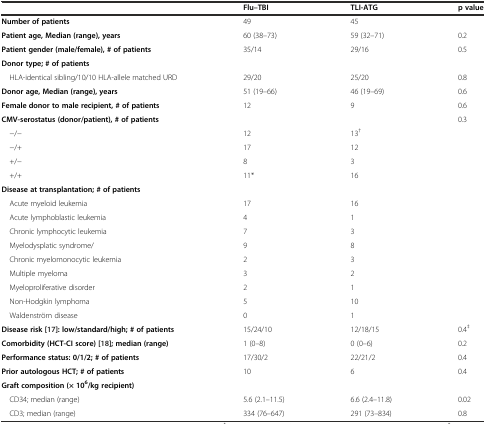
|  | Flu–TBI | TLI-ATG | p value |
 | --- | --- | --- | --- |
 | Number of patients | 49 | 45 |  |
 | Patient age, Median (range), years | 60 (38–73) | 59 (32–71) | 0.2 |
 | Patient gender (male/female), # of patients | 35/14 | 29/16 | 0.5 |
 | Donor type; # of patients |  |  |  |
 | HLA-identical sibling/10/10 HLA-allele matched URD | 29/20 | 25/20 | 0.8 |
 | Donor age, Median (range), years | 51 (19–66) | 46 (19–69) | 0.6 |
 | Female donor to male recipient, # of patients | 12 | 9 | 0.6 |
 | CMV-serostatus (donor/patient), # of patients |  |  | 0.3 |
 | −/− | 12 | 13† |  |
 | −/+ | 17 | 12 |  |
 | +/− | 8 | 3 |  |
 | +/+ | 11* | 16 |  |
 | Disease at transplantation; # of patients |  |  |  |
 | Acute myeloid leukemia | 17 | 16 |  |
 | Acute lymphoblastic leukemia | 4 | 1 |  |
 | Chronic lymphocytic leukemia | 7 | 3 |  |
 | Myelodysplatic syndrome/ | 9 | 8 |  |
 | Chronic myelomonocytic leukemia | 2 | 3 |  |
 | Multiple myeloma | 3 | 2 |  |
 | Myeloproliferative disorder | 2 | 1 |  |
 | Non-Hodgkin lymphoma | 5 | 10 |  |
 | Waldenström disease | 0 | 1 |  |
 | Disease risk [17]: low/standard/high; # of patients | 15/24/10 | 12/18/15 | 0.4‡ |
 | Comorbidity (HCT-CI score) [18]; median (range) | 1 (0–8) | 0 (0–6) | 0.2 |
 | Performance status: 0/1/2; # of patients | 17/30/2 | 22/21/2 | 0.4 |
 | Prior autologous HCT; # of patients | 10 | 6 | 0.4 |
 | Graft composition (× 106/kg recipient) |  |  |  |
 | CD34; median (range) | 5.6 (2.1–11.5) | 6.6 (2.4–11.8) | 0.02 |
 | CD3; median (range) | 334 (76–647) | 291 (73–834) | 0.8 |